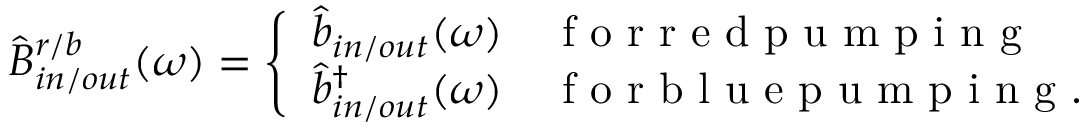
\begin{array} { r } { \hat { B } _ { i n / o u t } ^ { r / b } ( \omega ) = \left\{ \begin{array} { l l } { \hat { b } _ { i n / o u t } ( \omega ) } & { \mathrm { ~ f ~ o ~ r ~ r ~ e ~ d ~ p ~ u ~ m ~ p ~ i ~ n ~ g ~ } } \\ { \hat { b } _ { i n / o u t } ^ { \dagger } ( \omega ) } & { \mathrm { ~ f ~ o ~ r ~ b ~ l ~ u ~ e ~ p ~ u ~ m ~ p ~ i ~ n ~ g ~ . ~ } } \end{array} \right. } \end{array}